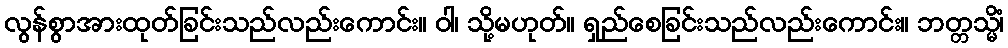
လွန်စွာအားထုတ်ခြင်းသည်လည်းကောင်း။ ဝါ၊ သို့မဟုတ်။ ရှည်စေခြင်းသည်လည်းကောင်း။ ဘတ္တသ္မိံ၊